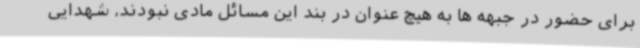
برای حضور در جبهه ها به هیچ عنوان در بند این مسائل مادی نبودند، شهدایی